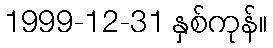
1999-12-31 နှစ်ကုန်။